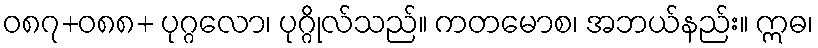
ဝ၈၇+၀၈၈+ ပုဂ္ဂလော၊ ပုဂ္ဂိုလ်သည်။ ကတမောစ၊ အဘယ်နည်း။ ဣဓ၊